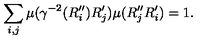
\sum _ { i , j } \mu ( \gamma ^ { - 2 } ( R _ { i } ^ { \prime \prime } ) R _ { j } ^ { \prime } ) \mu ( R _ { j } ^ { \prime \prime } R _ { i } ^ { \prime } ) = 1 .